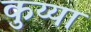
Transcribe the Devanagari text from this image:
कुय्या